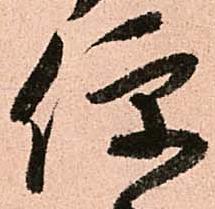
便